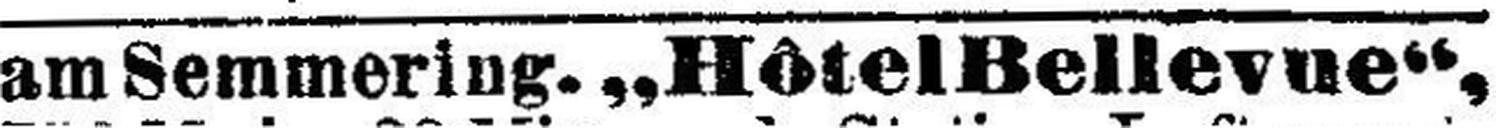
am Semmering. „Hôtel Bellevue“,